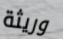
وريثة